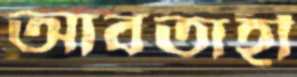
আবতাহী